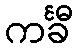
ကင်္ခီ